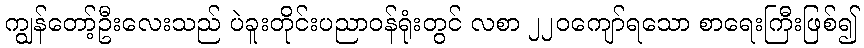
ကျွန်တော့်ဦးလေးသည် ပဲခူးတိုင်းပညာဝန်ရုံးတွင် လစာ ၂၂၀ကျော်ရသော စာရေးကြီးဖြစ်၍